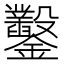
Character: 鑿